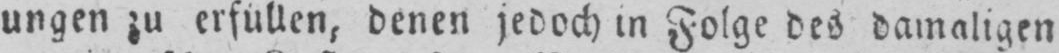
ungen zu erfüllen, denen jedoch in Folge des damaligen